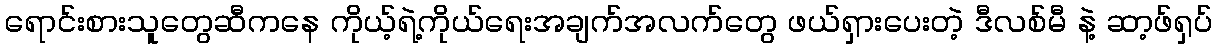
ရောင်းစားသူတွေဆီကနေ ကိုယ့်ရဲ့ကိုယ်ရေးအချက်အလက်တွေ ဖယ်ရှားပေးတဲ့ ဒီလစ်မီ နဲ့ ဆာ့ဖ်ရှပ်